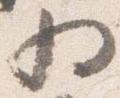
為